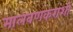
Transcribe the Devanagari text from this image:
मालवणकरांशी